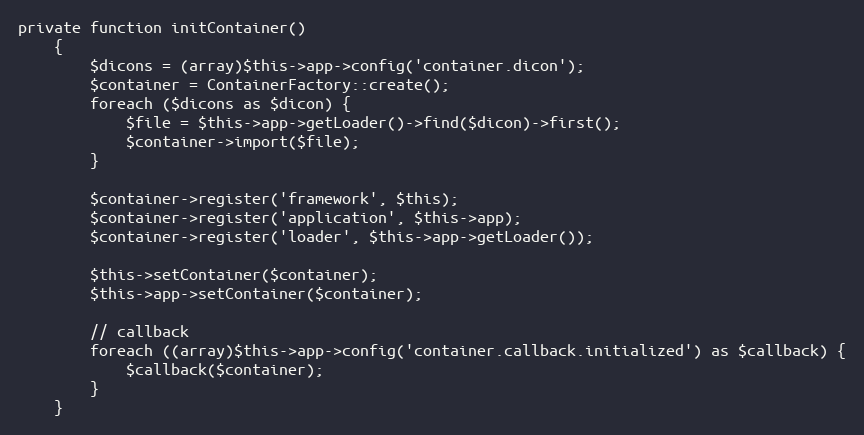
Language: PHP
private function initContainer()
    {
        $dicons = (array)$this->app->config('container.dicon');
        $container = ContainerFactory::create();
        foreach ($dicons as $dicon) {
            $file = $this->app->getLoader()->find($dicon)->first();
            $container->import($file);
        }

        $container->register('framework', $this);
        $container->register('application', $this->app);
        $container->register('loader', $this->app->getLoader());

        $this->setContainer($container);
        $this->app->setContainer($container);

        // callback
        foreach ((array)$this->app->config('container.callback.initialized') as $callback) {
            $callback($container);
        }
    }